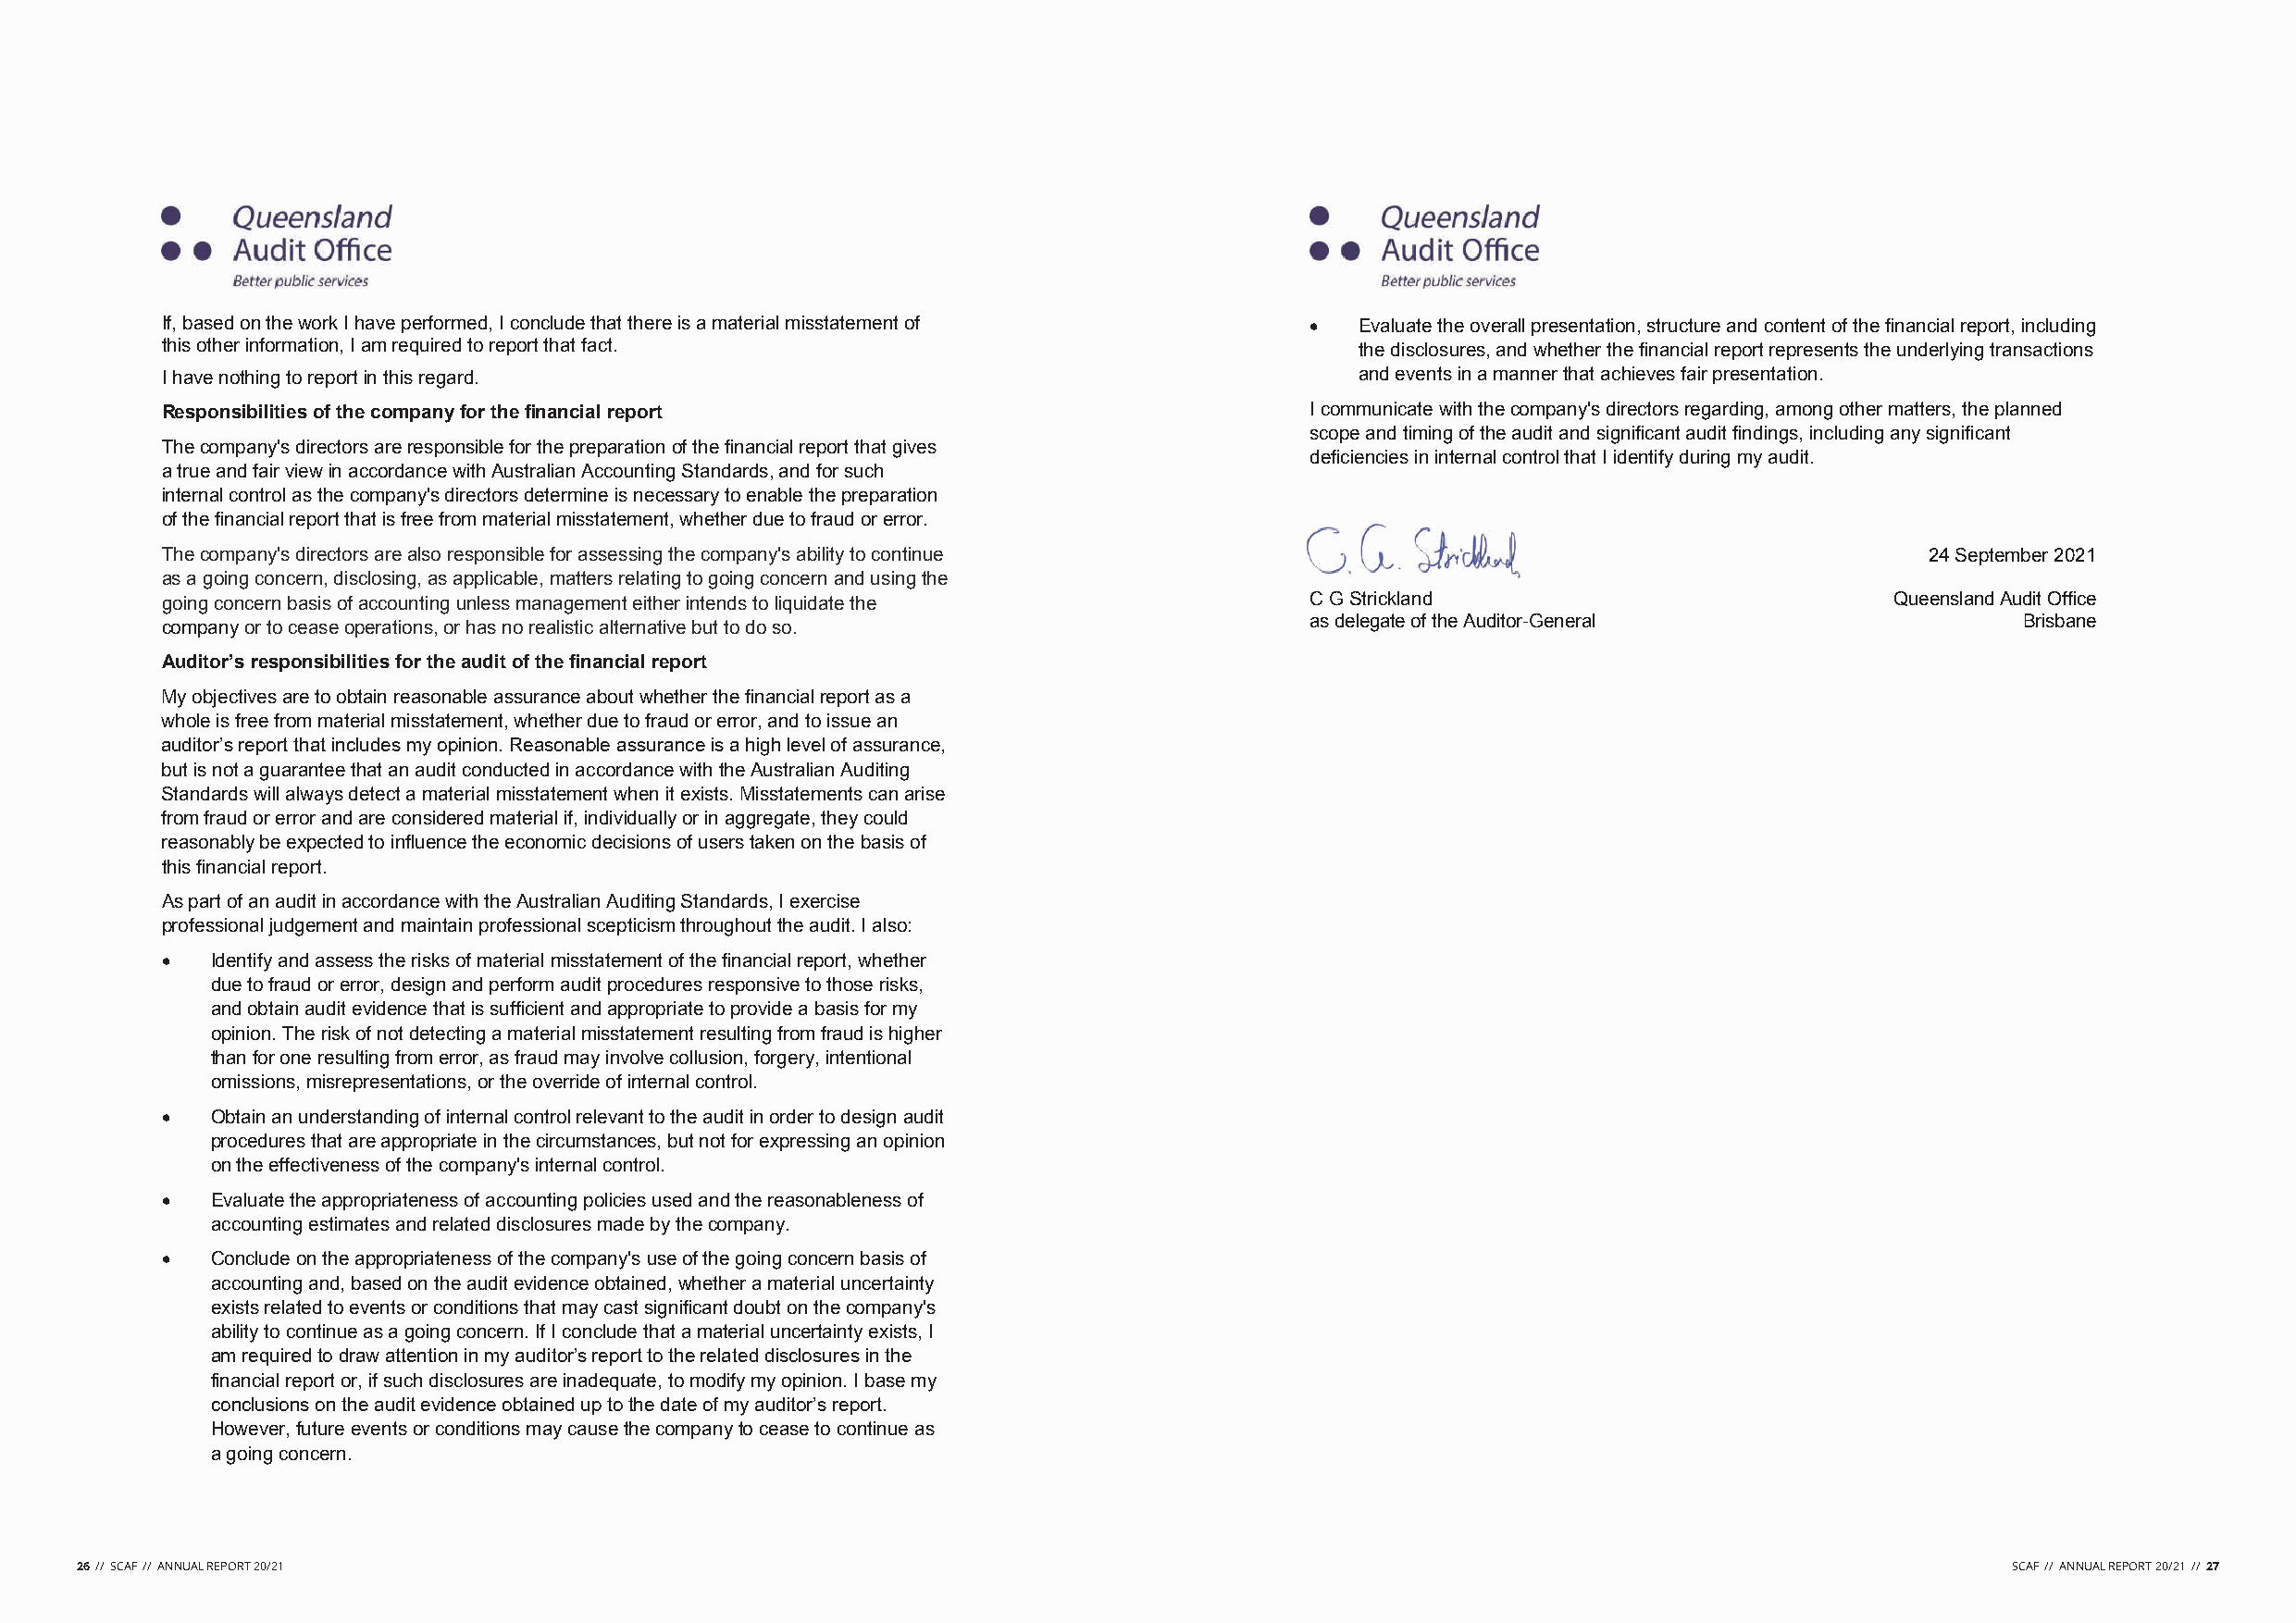
If, based on the work I have performed, I conclude that there is a material misstatement of • Evaluate the overall presentation, structure and content of the financial report, including
 this other information, I am required to report that fact.                           the disclosures, and whether the financial report represents the underlying transactions
 I have nothing to report in this regard.                                             and events in a manner that achieves fair presentation.
 Responsibilities of the company for the financial report                          I communicate with the company's directors regarding, among other matters, the planned
 scope and timing of the audit and significant audit findings, including any significant
 The company's directors are responsible for the preparation of the financial report that gives
 deficiencies in internal control that I identify during my audit.
 a true and fair view in accordance with Australian Accounting Standards, and for such
 internal control as the company's directors determine is necessary to enable the preparation
 of the financial report that is free from material misstatement, whether due to fraud or error.
 The company's directors are also responsible for assessing the company's ability to continue                                  24 September 2021
 as a going concern, disclosing, as applicable, matters relating to going concern and using the
 going concern basis of accounting unless management either intends to liquidate the C G Strickland                         Queensland Audit Office
 as delegate of the Auditor-General                 Brisbane
 company or to cease operations, or has no realistic alternative but to do so.
 Auditor’s responsibilities for the audit of the financial report
 My objectives are to obtain reasonable assurance about whether the financial report as a
 whole is free from material misstatement, whether due to fraud or error, and to issue an
 auditor’s report that includes my opinion. Reasonable assurance is a high level of assurance,
 but is not a guarantee that an audit conducted in accordance with the Australian Auditing
 Standards will always detect a material misstatement when it exists. Misstatements can arise
 from fraud or error and are considered material if, individually or in aggregate, they could
 reasonably be expected to influence the economic decisions of users taken on the basis of
 this financial report.
 As part of an audit in accordance with the Australian Auditing Standards, I exercise
 professional judgement and maintain professional scepticism throughout the audit. I also:
 •  Identify and assess the risks of material misstatement of the financial report, whether
 due to fraud or error, design and perform audit procedures responsive to those risks,
 and obtain audit evidence that is sufficient and appropriate to provide a basis for my
 opinion. The risk of not detecting a material misstatement resulting from fraud is higher
 than for one resulting from error, as fraud may involve collusion, forgery, intentional
 omissions, misrepresentations, or the override of internal control.
 •  Obtain an understanding of internal control relevant to the audit in order to design audit
 procedures that are appropriate in the circumstances, but not for expressing an opinion
 on the effectiveness of the company's internal control.
 •  Evaluate the appropriateness of accounting policies used and the reasonableness of
 accounting estimates and related disclosures made by the company.
 •  Conclude on the appropriateness of the company's use of the going concern basis of
 accounting and, based on the audit evidence obtained, whether a material uncertainty
 exists related to events or conditions that may cast significant doubt on the company's
 ability to continue as a going concern. If I conclude that a material uncertainty exists, I
 am required to draw attention in my auditor’s report to the related disclosures in the
 financial report or, if such disclosures are inadequate, to modify my opinion. I base my
 conclusions on the audit evidence obtained up to the date of my auditor’s report.
 However, future events or conditions may cause the company to cease to continue as
 a going concern.
 26 // SCAF // ANNUAL REPORT 20/21                                                                                                          SCAF // ANNUAL REPORT 20/21 // 27